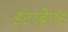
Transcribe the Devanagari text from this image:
इंटरब्रैण्ड